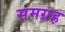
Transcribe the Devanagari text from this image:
समग्रह